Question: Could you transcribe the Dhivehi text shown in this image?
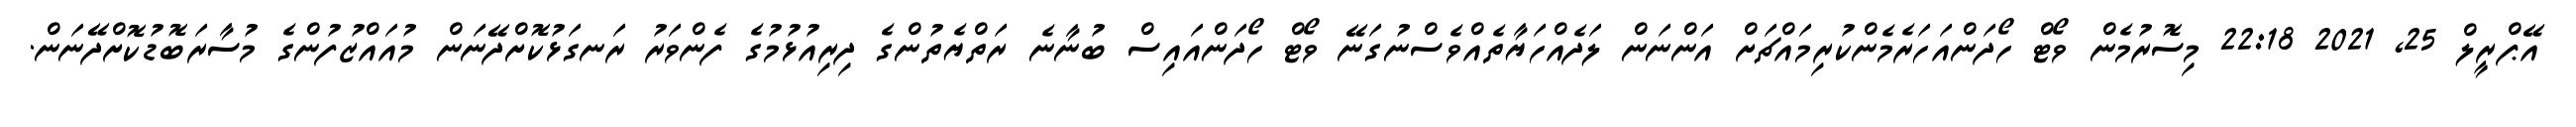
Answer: އޭޕްރީލް 25, 2021 22:18 މިސޮރުމެން ވޯޓް ހޯދަންއަހަރެމެންކުރިމައްޗަށް އަންނަން ލަދެއްހަޔާތެއްވެސްނުގަނޭ ވޯޓް ހޯދަންއައިސް ބުނާނެ ރަތްޔެތުންގެ ދިރިއުޅުމުގެ ފެންވަރު ރަނގަޅުކޮށްދޭނަން މުއައްޒުފުންގެ މުސާރަބޮޑުކޮށްދޭނަން.